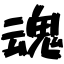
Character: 魂